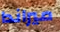
ميراندا